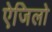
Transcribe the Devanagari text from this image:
ऐजिलो